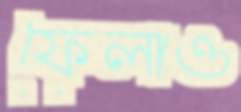
ফেলাও